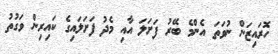
ހޮރައިޒަން ނުވަތަ އެންމެ ބޭރު ފަށަލަ އާއި މެދު ފަށަލައިގެ ކައިރިން ވަގުތު